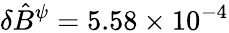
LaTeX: \delta\hat{B}^{\psi}=5.58\times 10^{-4}